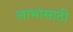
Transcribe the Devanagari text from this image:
लाभांसाठी